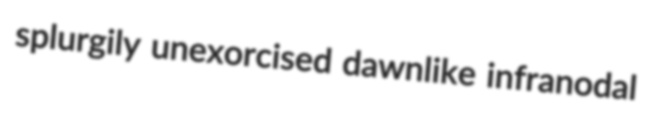
splurgily unexorcised dawnlike infranodal